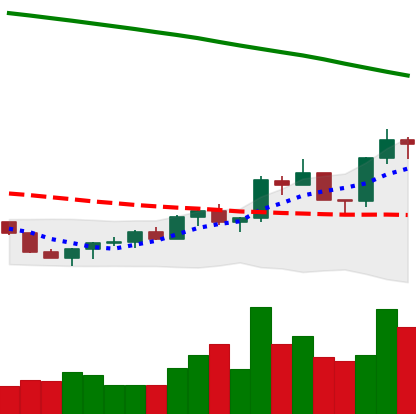
Ticker: EOS-USD
Chart end date: 2022-07-29
Forward return: -9.903%
Label: down_7plus